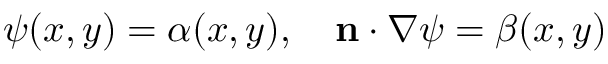
\psi ( x , y ) = \alpha ( x , y ) , \quad \mathbf { n } \cdot \nabla \psi = \beta ( x , y )